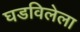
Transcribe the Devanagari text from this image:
घडविलेला